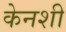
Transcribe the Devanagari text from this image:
केनशी